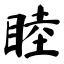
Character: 睦